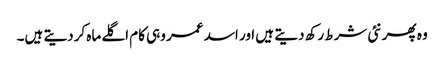
وہ پھر نئی شرط رکھ دیتے ہیں اور اسد عمر وہی کام اگلے ماہ کردیتے ہیں۔